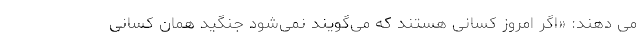
می دهند: «اگر امروز کسانی هستند که می‌گویند نمی‌شود جنگید همان کسانی